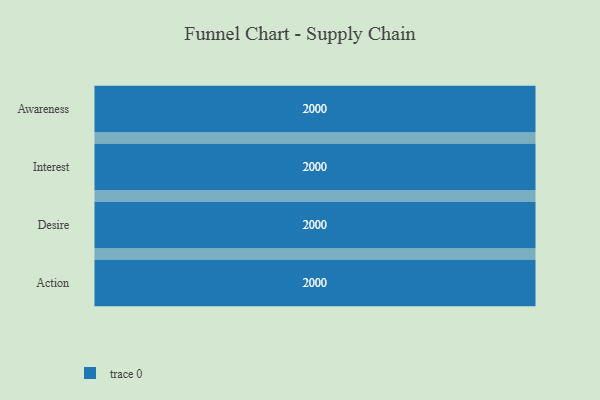
{"axis": {"x": "Stage", "y": "Value"}, "legend": [""], "data": [{"x": "Awareness", "y": 2000, "type": ""}, {"x": "Interest", "y": 2000, "type": ""}, {"x": "Desire", "y": 2000, "type": ""}, {"x": "Action", "y": 2000, "type": ""}]}